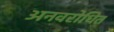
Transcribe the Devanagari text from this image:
अनवरोधित